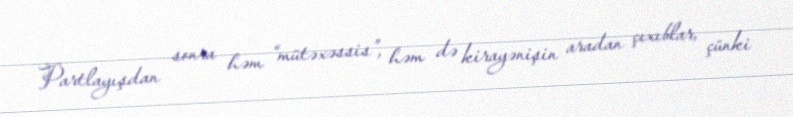
Partlayışdan sonra həm “mütəxəssis”, həm də kirayənişin aradan çıxıblar, çünki